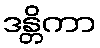
ဒန္တိကာ